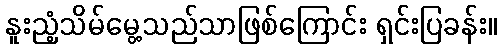
နူးညံ့သိမ်မွေ့သည်သာဖြစ်ကြောင်း ရှင်းပြခန်း။